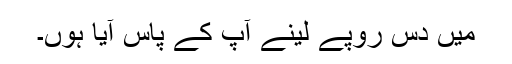
میں دس روپے لینے آپ کے پاس آیا ہوں۔